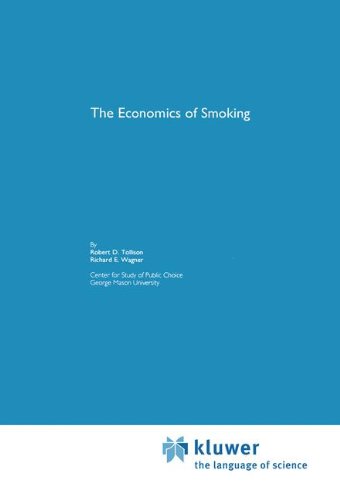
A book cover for The Economics of Smoking; Robert D. Tollison; Health, Fitness & Dieting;